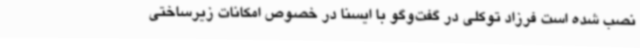
نصب شده است فرزاد توکلی در گفت‌وگو با ایسنا در خصوص امکانات زیرساختی